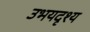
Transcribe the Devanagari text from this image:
उभयदृश्य